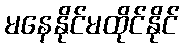
မနေနိုင်မထိုင်နိုင်